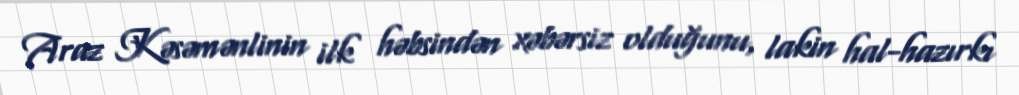
Araz Kəsəmənlinin ilk həbsindən xəbərsiz olduğunu, lakin hal-hazırkı